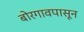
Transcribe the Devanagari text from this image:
बोरगावपासून